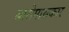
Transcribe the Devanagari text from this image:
बारोमासकार